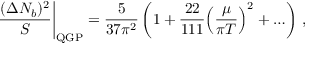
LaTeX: \left. { \frac { ( \Delta N _ { b } ) ^ { 2 } } { S } } \right\vert _ { \mathrm { Q G P } } = { \frac { 5 } { 3 7 \pi ^ { 2 } } } \left( 1 + { \frac { 2 2 } { 1 1 1 } } \Bigl ( { \frac { \mu } { \pi T } } \Bigr ) ^ { 2 } + \ldots \right) \, ,